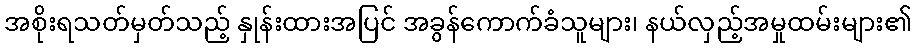
အစိုးရသတ်မှတ်သည့် နှုန်းထားအပြင် အခွန်ကောက်ခံသူများ၊ နယ်လှည့်အမှုထမ်းများ၏